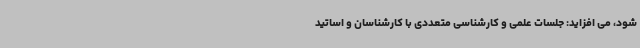
شود، می افزاید: جلسات علمی و کارشناسی متعددی با کارشناسان و اساتید